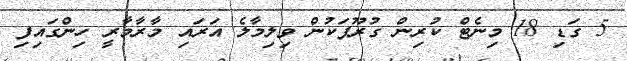
5 ގަޑި 18 މިނެޓް ކުރިން ގުރޫޕަކުން ވިލިމާލެ އަރައި މާރާމާރީ ހިންގައިފި